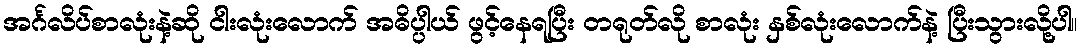
အင်္ဂလိပ်စာလုံးနဲ့ဆို ငါးလုံးလောက် အဓိပ္ပါယ် ဖွင့်နေရပြီး တရုတ်လို စာလုံး နှစ်လုံးလောက်နဲ့ ပြီးသွားလို့ပါ။